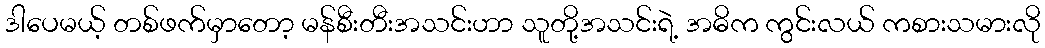
ဒါပေမယ့် တစ်ဖက်မှာတော့ မန်စီးတီးအသင်းဟာ သူတို့အသင်းရဲ့ အဓိက ကွင်းလယ် ကစားသမားလို